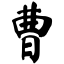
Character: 曹